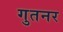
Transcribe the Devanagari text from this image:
गुतनर